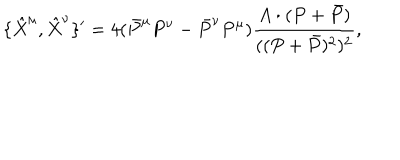
\{ \hat { X } ^ { \mu } , \hat { X } ^ { \nu } \} ^ { \prime } = 4 ( \bar { P } ^ { \mu } P ^ { \nu } - \bar { P } ^ { \nu } P ^ { \mu } ) \frac { A \cdot ( P + \bar { P } ) } { ( ( P + \bar { P } ) ^ { 2 } ) ^ { 2 } } ,